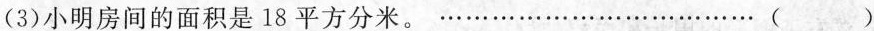
(3)小明房间的面积是18平方分米。…………( )